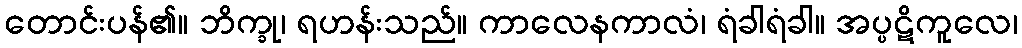
တောင်းပန်၏။ ဘိက္ခု၊ ရဟန်းသည်။ ကာလေနကာလံ၊ ရံခါရံခါ။ အပ္ပဋိကူလေ၊